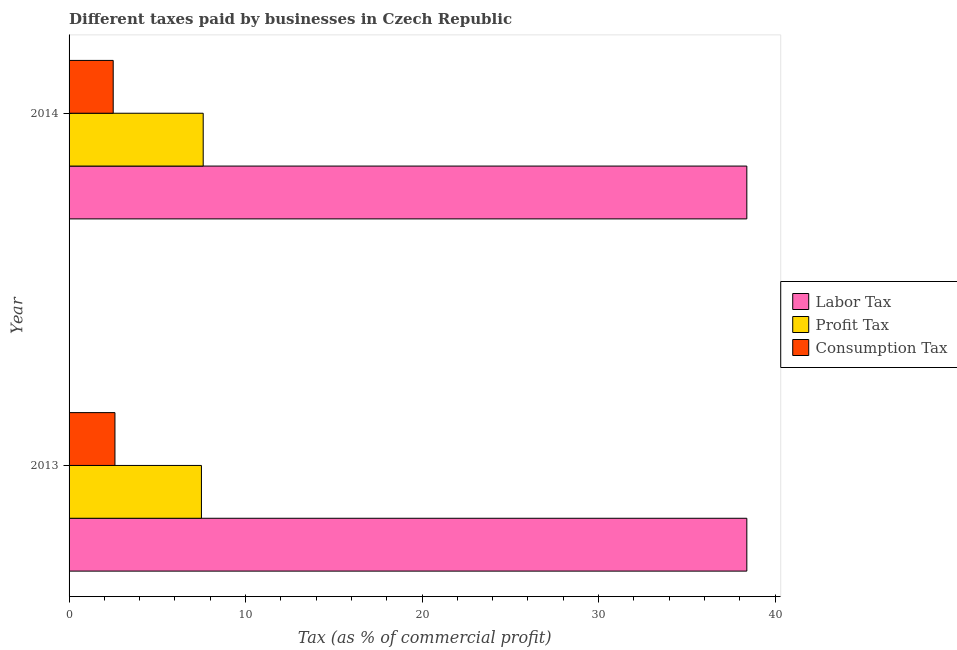
| Year | Labor Tax | Profit Tax | Consumption Tax |
 | --- | --- | --- | --- |
 | 2013 | 38.4 | 7.5 | 2.6 |
 | 2014 | 38.4 | 7.6 | 2.5 |